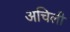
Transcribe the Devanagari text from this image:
अचिली